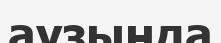
аузыңда